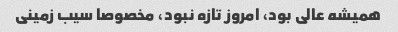
همیشه عالی بود، امروز تازه نبود، مخصوصا سیب زمینی